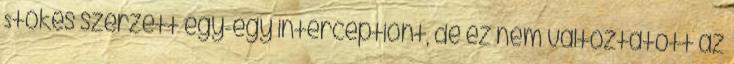
Stokes szerzett egy-egy interceptiont, de ez nem változtatott az